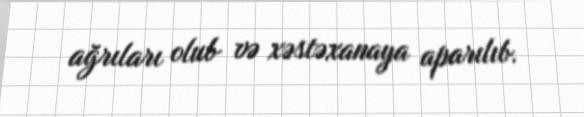
ağrıları olub və xəstəxanaya aparılıb.